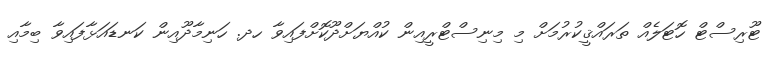
ޓޫރިސްޓް ހޮޓަލެއް ތަރައްޤީކުރުމަށް މި މިނިސްޓްރީއިން ކުއްޔަށްދޫކޮށްފައިވާ ހދ. ހަނިމާދޫއިން ކަނޑައަޅާފައިވާ ބިމާއި